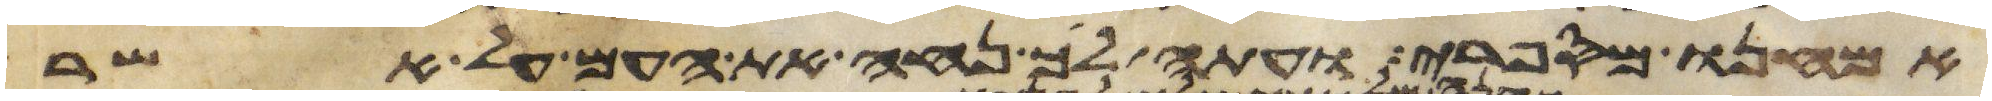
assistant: אמחנו מספרי ועתה לך נחה את העם על אשר